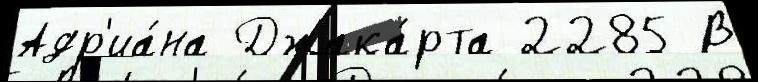
Адр'иа́на Джака́рта 2285 В